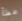
مخطأ